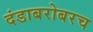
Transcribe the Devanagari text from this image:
दंडाबरोबरच